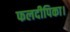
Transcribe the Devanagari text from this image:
फलदीपिका।